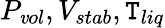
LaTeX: P_{\mathit{v}ol},V_{stab},\mathtt{T}_{liq}